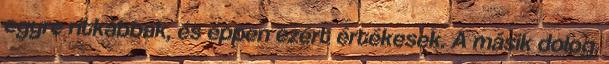
egyre ritkábbak, és éppen ezért értékesek. A másik dolog,